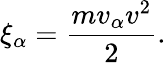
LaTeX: \xi_{\alpha}={\frac{mv_{\alpha}v^{2}}{2}}.